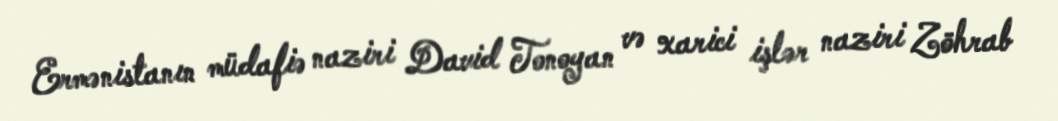
Ermənistanın müdafiə naziri David Tonoyan və xarici işlər naziri Zöhrab